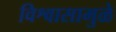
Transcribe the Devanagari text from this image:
विश्वासामुळे